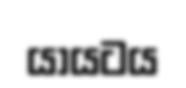
යායටය